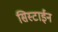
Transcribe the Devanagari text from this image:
सिस्टाईन